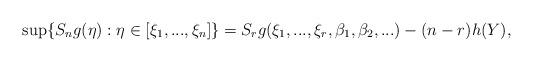
LaTeX: \begin{align*}\sup\{S_n g(\eta):\eta\in [\xi_1,...,\xi_n]\}=S_r g(\xi_1,...,\xi_r,\beta_1,\beta_2,...)-(n-r)h(Y),\end{align*}